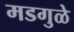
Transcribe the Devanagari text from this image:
मडगुळे